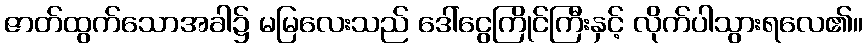
ဇာတ်ထွက်သောအခါ၌ မမြလေးသည် ဒေါ်ငွေကြိုင်ကြီးနှင့် လိုက်ပါသွားရလေ၏။